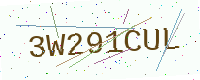
Text: 3W291CUL